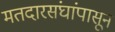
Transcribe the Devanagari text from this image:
मतदारसंघांपासून